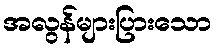
အလွန်များပြားသော